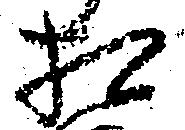
相